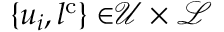
{ \{ u _ { i } , l ^ { \mathrm { c } } \} \in } { \boldsymbol { \mathcal { U } } \times \mathcal { L } }